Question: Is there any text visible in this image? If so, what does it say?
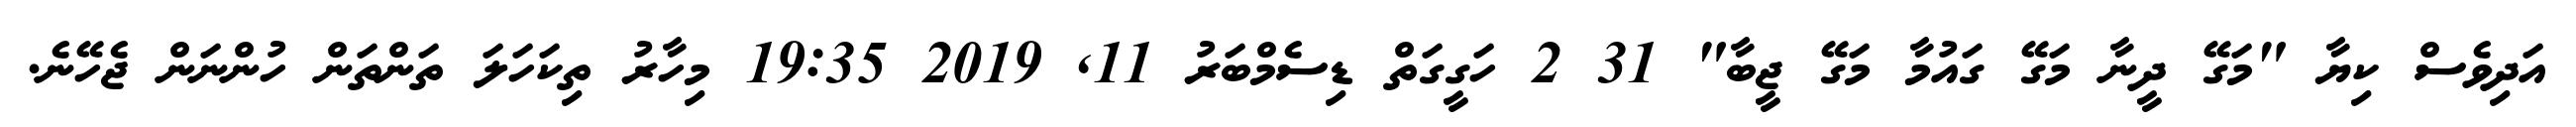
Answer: އަދިވެސް ކިޔާ "މަގޭ ދީނާ މަގޭ ގައުމާ މަގޭ ޖީބާ" 31 2 ހަގީގަތް ޑިސެމްބަރު 11, 2019 19:35 މިހާރު ތިކަހަލަ ތަންތަން ހުންނަން ޖެހޭނެ.